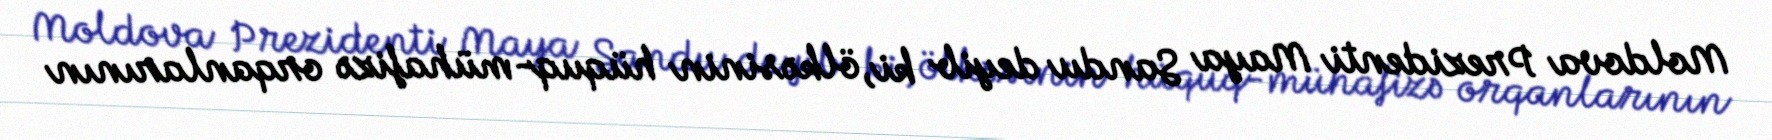
Moldova Prezidenti Maya Sandu deyib ki, ölkəsinin hüquq-mühafizə orqanlarının